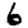
Digit: 6